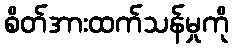
စိတ်အားထက်သန်မှုကို